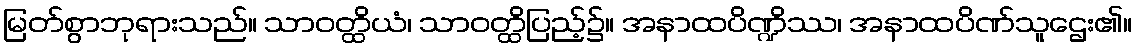
မြတ်စွာဘုရားသည်။ သာဝတ္ထိယံ၊ သာဝတ္ထိပြည့်၌။ အနာထပိဏ္ဍိဿ၊ အနာထပိဏ်သူဌေး၏။